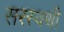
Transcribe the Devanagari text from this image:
सरस्वथी